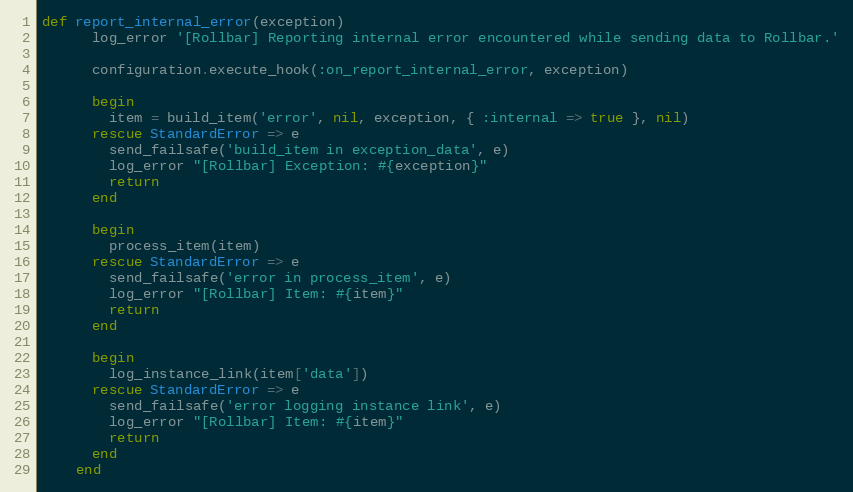
Language: Ruby
def report_internal_error(exception)
      log_error '[Rollbar] Reporting internal error encountered while sending data to Rollbar.'

      configuration.execute_hook(:on_report_internal_error, exception)

      begin
        item = build_item('error', nil, exception, { :internal => true }, nil)
      rescue StandardError => e
        send_failsafe('build_item in exception_data', e)
        log_error "[Rollbar] Exception: #{exception}"
        return
      end

      begin
        process_item(item)
      rescue StandardError => e
        send_failsafe('error in process_item', e)
        log_error "[Rollbar] Item: #{item}"
        return
      end

      begin
        log_instance_link(item['data'])
      rescue StandardError => e
        send_failsafe('error logging instance link', e)
        log_error "[Rollbar] Item: #{item}"
        return
      end
    end